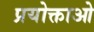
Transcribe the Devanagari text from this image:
प्रयोक्ताओ